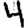
Digit: 4